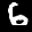
Label: 6